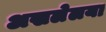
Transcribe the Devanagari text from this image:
अखलेलया